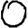
Digit: 0